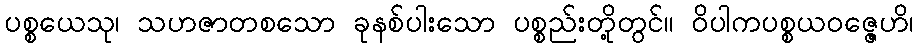
ပစ္စယေသု၊ သဟဇာတစသော ခုနစ်ပါးသော ပစ္စည်းတို့တွင်။ ဝိပါကပစ္စယဝဇ္ဇေဟိ၊